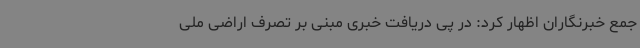
جمع خبرنگاران اظهار کرد: در پی دریافت خبری مبنی بر تصرف اراضی ملی